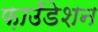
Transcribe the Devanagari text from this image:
फ़ाउँडेशन